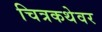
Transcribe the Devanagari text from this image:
चित्रकथेवर